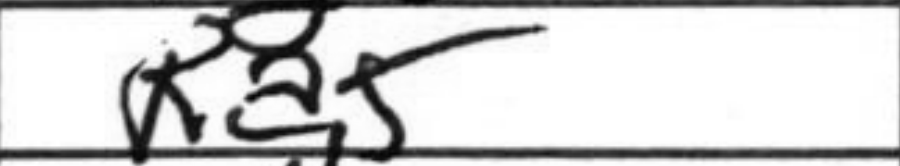
Transcription: Ka5